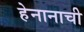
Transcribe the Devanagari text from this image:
हेनानाची